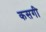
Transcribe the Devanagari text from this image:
कसगी